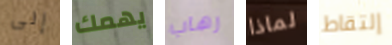
إلى يهمك رهاب لماذا إلتقاط